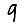
Digit: 9